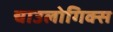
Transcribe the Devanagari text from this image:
चाउलोगिक्स